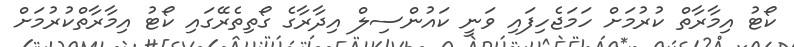
ކޯޓު އިމާރާތް ކުރުމަށް ހަމަޖެހިފައި ވަނީ ކައުންސިލް އިދާރާގެ ގޯތިތެރޭގައި ކޯޓު އިމާރާތްކުރުމަށް